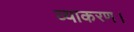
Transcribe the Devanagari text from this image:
व्याकरण।